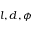
l , d , \phi